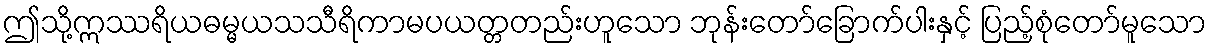
ဤသို့ဣဿရိယဓမ္မယသသီရိကာမပယတ္တတည်းဟူသော ဘုန်းတော်ခြောက်ပါးနှင့် ပြည့်စုံတော်မူသော